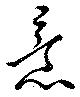
意